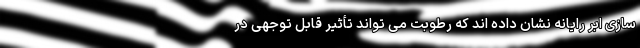
سازی ابر رایانه نشان داده اند که رطوبت می تواند تأثیر قابل توجهی در